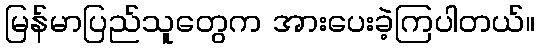
မြန်မာပြည်သူတွေက အားပေးခဲ့ကြပါတယ်။